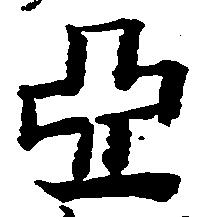
亞